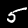
Label: 5